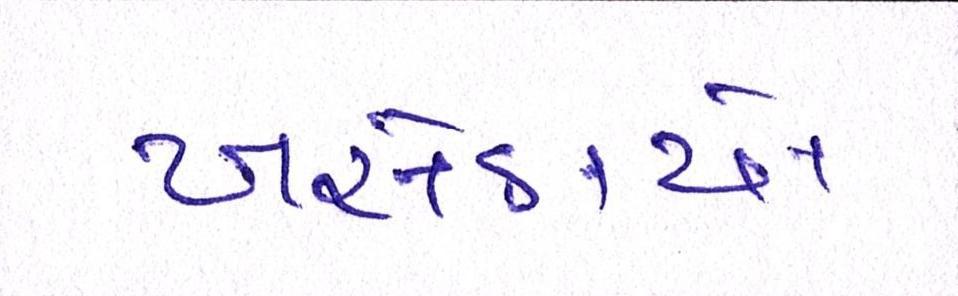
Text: ખસેડાયો